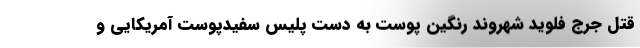
قتل جرج فلوید شهروند رنگین پوست به دست‌ پلیس سفیدپوست آمریکایی و